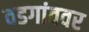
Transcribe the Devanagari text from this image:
वडगांववर